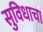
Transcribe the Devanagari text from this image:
सुविधाचा